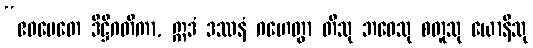
“ဧဝမေတေ ဒိဋ္ဌိဂတိကာ, ဣဒံ ဒဿနံ ဂဟေတွာ တီသု ဘဝေသု စတူသု ယောနီသု